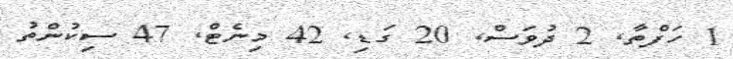
1 ހަފްތާ